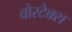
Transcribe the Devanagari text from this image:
वोरटेक्स